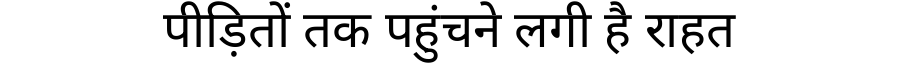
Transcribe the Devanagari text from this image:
पीड़ितों तक पहुंचने लगी है राहत